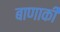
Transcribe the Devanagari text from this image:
बाणाकी